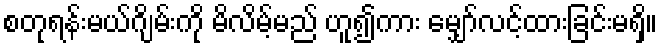
စတုရန်းမယ်ဂျိမ်းကို မိလိမ့်မည် ဟူ၍ကား မျှော်လင့်ထားခြင်းမရှိ။